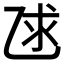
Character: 𫡨